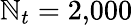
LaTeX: \mathbb{N}_{t}=2{,}000